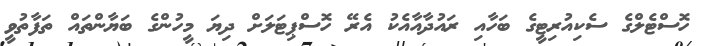
ހޮސްޓެލްގެ ސެކިއުރިޓީގެ ބަހާއި ރައުދާއާއެކު އެރޭ ހޮސްޕިޓަލަށް ދިޔަ މީހުންގެ ބަޔާންތައް ތަފާތުވީ